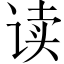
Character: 读